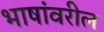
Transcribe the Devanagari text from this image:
भाषांवरील